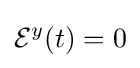
{\mathcal {E}}^{y}(t)=0